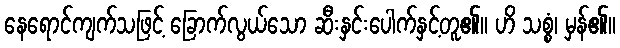
နေရောင်ကျက်သဖြင့် ခြောက်လွယ်သော ဆီးနှင်းပေါက်နှင့်တူ၏။ ဟိ သစ္စံ၊ မှန်၏။